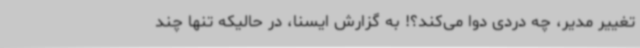
تغییر مدیر، چه دردی دوا می‌کند؟! به گزارش ایسنا، در حالیکه تنها چند